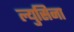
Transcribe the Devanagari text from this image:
ल्युसिना